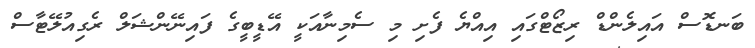
ބަނޑޮސް އައިލެންޑް ރިޒޯޓްގައި އިއްޔެ ފެށި މި ސެމިނާއަކީ އޭޑީބީގެ ފައިނޭންޝަލް ރެގިއުލޭޓާސް